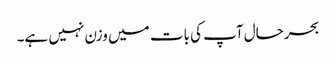
بحرحال آپ کی بات میں وزن نہیں ہے۔